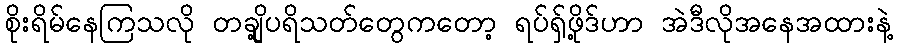
စိုးရိမ်နေကြသလို တချို့ပရိသတ်တွေကတော့ ရပ်ရှ်ဖို့ဒ်ဟာ အဲဒီလိုအနေအထားနဲ့